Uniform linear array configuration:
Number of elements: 48
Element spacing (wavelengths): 0.25
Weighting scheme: kaiser
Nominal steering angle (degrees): -60
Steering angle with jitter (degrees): -58.463
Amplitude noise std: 0.05
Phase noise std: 0.05

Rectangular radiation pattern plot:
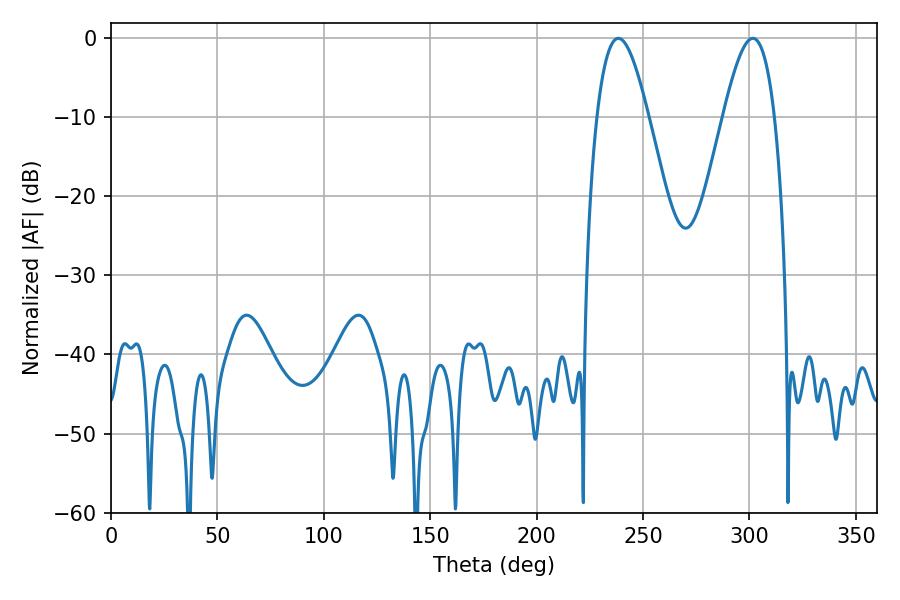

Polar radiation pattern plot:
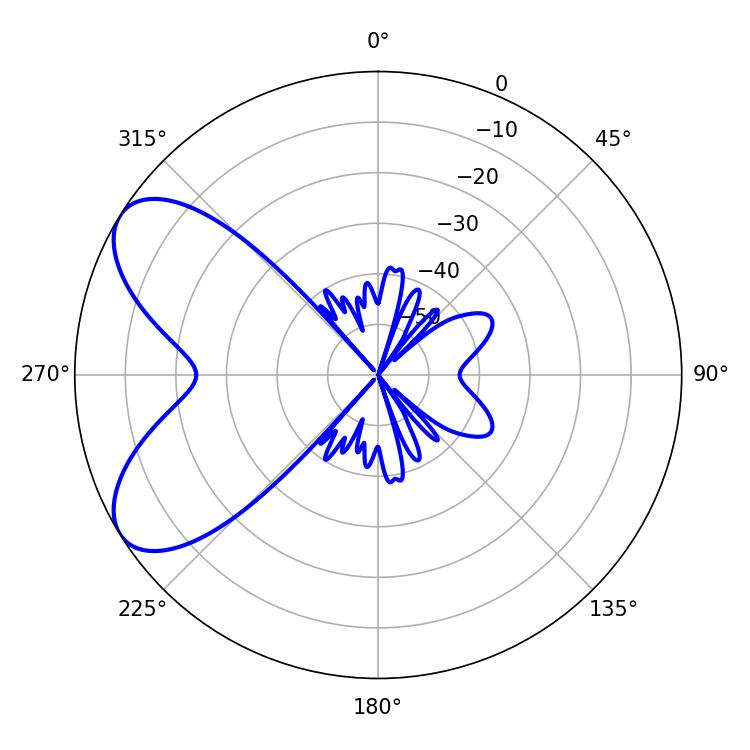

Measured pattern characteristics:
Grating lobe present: FALSE
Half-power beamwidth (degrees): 12.96
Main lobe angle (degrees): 238.32